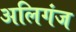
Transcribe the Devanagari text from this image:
अलिगंज